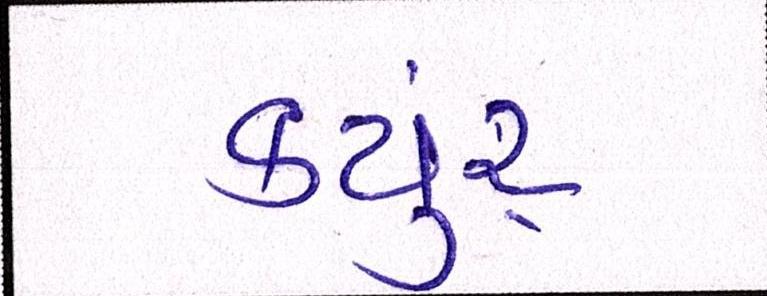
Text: કયુંર્